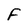
Character: F